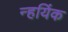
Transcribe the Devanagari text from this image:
न्हयिंक